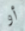
أو